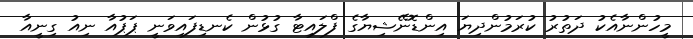
މީހުންނާއެކު ދަތުރު ކުރަމުންދިޔަ އިންޑޮނޭޝިޔާގެ ފްލައިޓާ ގުޅުން ކެނޑިފައިވަނީ ޕަޕުއާ ނިއު ގިނީއާ